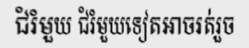
ជំរំមួយ ជំរំមួយទៀតអាចរត់រួច